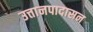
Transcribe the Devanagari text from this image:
उत्तानपादासन